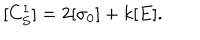
LaTeX: [ C _ { S } ^ { 1 } ] = 2 [ \sigma _ { 0 } ] + k [ E ] .